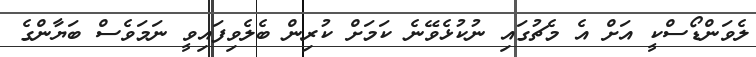
ލެވަންޑޯސްކީ އަށް އެ މެޗުގައި ނުކުޅެވޭނެ ކަމަށް ކުރިން ބެލެވިފައިވީ ނަމަވެސް ބަޔާންގެ